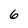
Character: 6